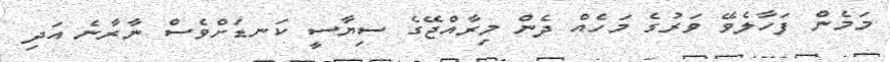
މަމެން ފަހާލެވޭ ވަރުގެ މަހެއް ދެން މިރާއްޖޭގެ ސިޔާސީ ކަނޑަށްވެސް ނާރާނެ އަދި